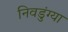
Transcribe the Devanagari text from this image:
निवडुंग्या